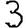
Digit: 3